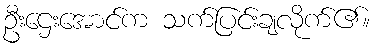
ဦးဌေးအောင်က သက်ပြင်းချလိုက်၏။